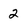
Character: 2